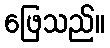
ဖြေသည်။